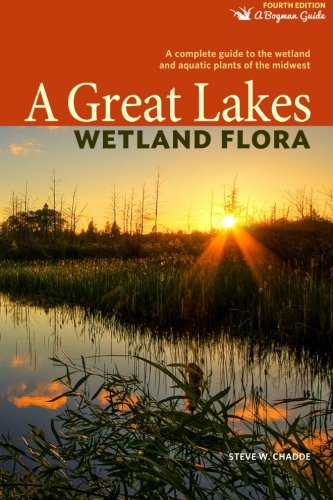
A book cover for A Great Lakes Wetland Flora: A complete guide to the wetland and aquatic plants of the midwest (Bogman Guides); Steve W Chadde; Science & Math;